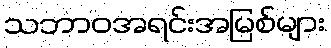
သဘာဝအရင်းအမြစ်များ